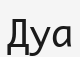
Дуа